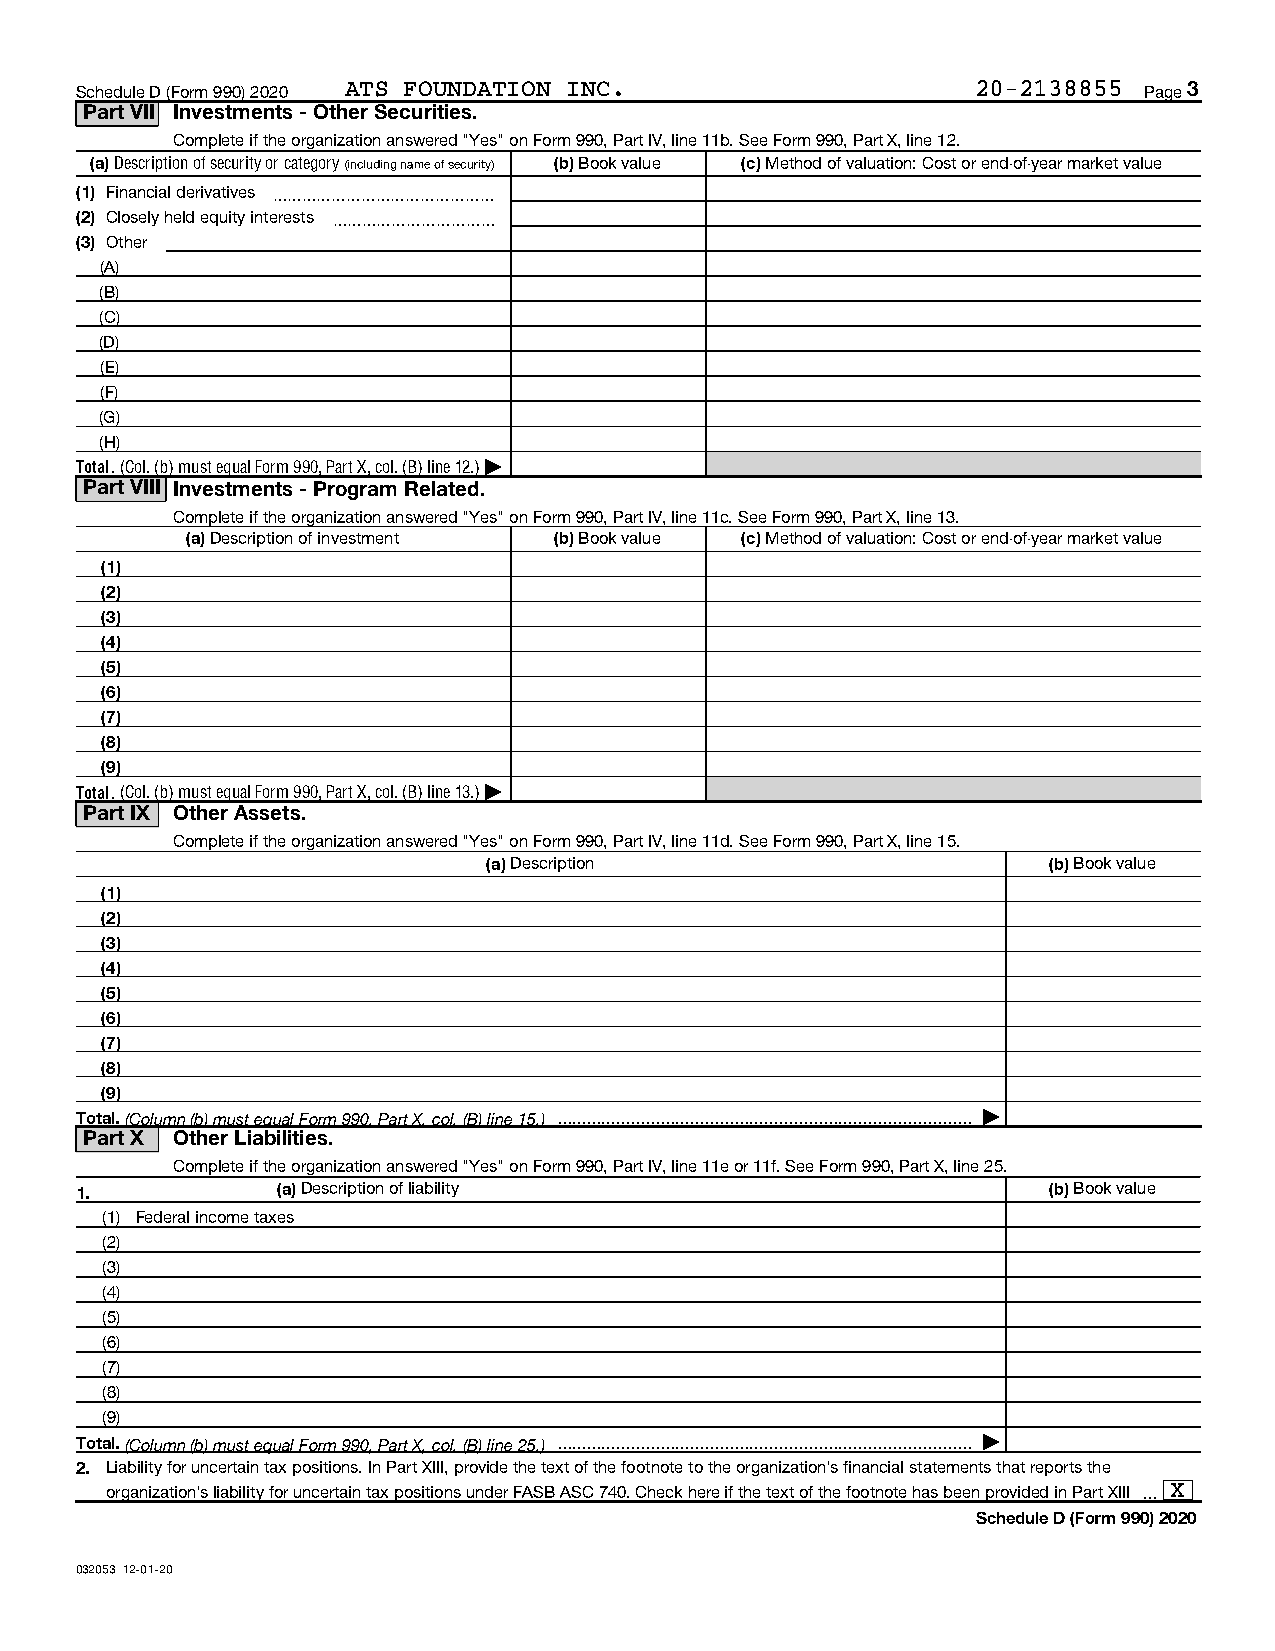
Schedule D (Form 990) 2020 ATS FOUNDATION INC.              20-2138855 Page 3
 Part VII Investments - Other Securities.
 Complete if the organization answered "Yes" on Form 990, Part IV, line 11b. See Form 990, Part X, line 12.
 (a) Description of security or category (including name of security) (b) Book value (c) Method of valuation: Cost or end-of-year market value
 (1) Financial derivatives ~~~~~~~~~~~~~~~
 (2) Closely held equity interests ~~~~~~~~~~~
 (3) Other
 (A)
 (B)
 (C)
 (D)
 (E)
 (F)
 (G)
 (H)
 Total. (Col. (b) must equal Form 990, Part X, col. (B) line 12.) |
 Part VIII Investments - Program Related.
 Complete if the organization answered "Yes" on Form 990, Part IV, line 11c. See Form 990, Part X, line 13.
 (a) Description of investment (b) Book value (c) Method of valuation: Cost or end-of-year market value
 (1)
 (2)
 (3)
 (4)
 (5)
 (6)
 (7)
 (8)
 (9)
 Total. (Col. (b) must equal Form 990, Part X, col. (B) line 13.) |
 Part IX Other Assets.
 Complete if the organization answered "Yes" on Form 990, Part IV, line 11d. See Form 990, Part X, line 15.
 (a) Description                      (b) Book value
 (1)
 (2)
 (3)
 (4)
 (5)
 (6)
 (7)
 (8)
 (9)
 Total. (Column (b) must equal Form 990, Part X, col. (B) line 15.)  |
 Part X Other Liabilities.
 Complete if the organization answered "Yes" on Form 990, Part IV, line 11e or 11f. See Form 990, Part X, line 25.
 1.           (a) Description of liability                       (b) Book value
 (1) Federal income taxes
 (2)
 (3)
 (4)
 (5)
 (6)
 (7)
 (8)
 (9)
 Total. (Column (b) must equal Form 990, Part X, col. (B) line 25.)  |
 2. Liability for uncertain tax positions. In Part XIII, provide the text of the footnote to the organization's financial statements that reports the
 organization's liability for uncertain tax positions under FASB ASC 740. Check here if the text of the footnote has been provided in Part XIII  X
 Schedule D (Form 990) 2020
 032053 12-01-20